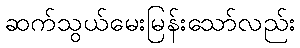
ဆက်သွယ်မေးမြန်းသော်လည်း